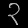
Digit: ၃